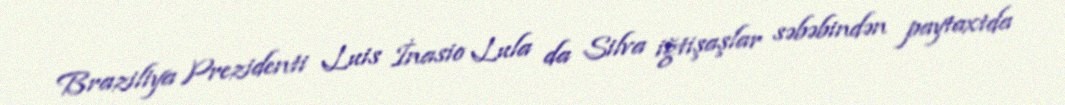
Braziliya Prezidenti Luis İnasio Lula da Silva iğtişaşlar səbəbindən paytaxtda